Scottish Leaving Certificate Examination, 1951
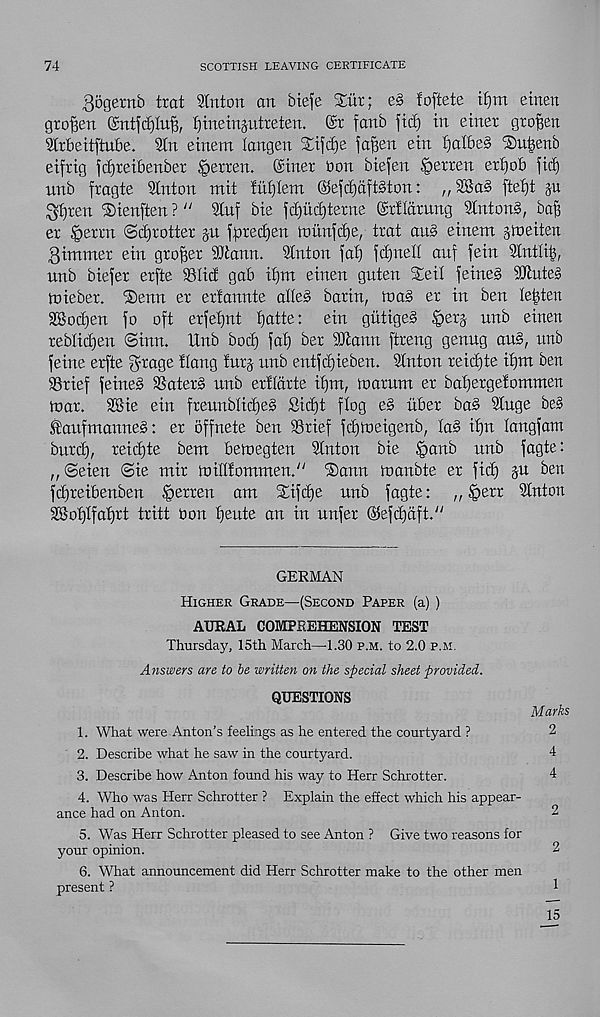
74
SCOTTISH LEAVING CERTIFICATE
3og®tb trat Slnton an btefe 3;iit; es foftete it)m etnen
graven ©ntfdjlu^ ijinemptreten. @r fanb fid) in etner graven
Slrbeitftube. Sin etnem langen Xifdje ja^en etn I)aI6e§ 'Sn^enb
etfrig jdjretbenber §erten. CSiner bon biefen Setren erf)o6 fid)
unb fragte Slnton mit !uf)Iem ©efd)dft§ton:
fteljt ju
^Ijren ©tenfien ? “ Sluf bie fd)ucl)terne @r!Idrung SInton§, ba^
ex §etxn ©djxottex ju f^redien munjdje, trat au§ etnem jtoeiten
Qtmmer ein grower SUtann. Slnton fal) fdjnej| auf fetn Slntlitj,
nnb biefer erfte S3Itd gab it)tn einen guten Xeil femes SJtuteS
toieber. ®enn ex extannte alleS baxtn, tnaS ex in ben lenten
SBodjen fo oft exfet)nt tjatte: ein giitigeS §exj nnb einen
xeblid)en ©inn. llnb bot^ fat) bex SJlann ftxeng genug au§, unb
feme exfte forage Hang fuxj unb entfd)ieben. Slnton xeid)te iljm ben
SSxief feineS SSatexS unb exfldxte il)m, in arum ex bat)exgefommen
tnax. SBie ein fxeunblid)e§ Sid)t flog eS ttbex ba§ Singe beS
taufmanneS: ex offnete ben Srief fdjiueigenb, la§ i^n langfant
bnxd), xeid)te bem beiuegten Slnton bie ^anb nnb fagte:
„©eien ©ie mix nrillfommen." ®ann tnanbte ex fid) §n ben
fdixeibenben §exxen am Sifdje nnb fagte:
„ §exx Slnton
28ot)Ifat)xt tritt bon fieute an in unfer ©efdfdft."
GERMAN
Higher Grade—(Second Paper (a) )
AURAL COMPREHENSION TEST
Thursday, 15th March—1.30 p.m. to 2.0 p.m.
Answers are to be written on the special sheet provided.
QUESTIONS
Marks
1. What were Anton’s feelings as he entered the courtyard ?
2
2. Describe what he saw in the courtyard.
4
3. Describe how Anton found his way to Herr Schrotter.
4
4. Who was Herr Schrotter ? Explain the effect which his appear-
ance had on Anton.
2
5. Was Herr Schrotter pleased to see Anton ? Give two reasons for
your opinion.
2
6. What announcement did Herr Schrotter make to the other men
present ?
1